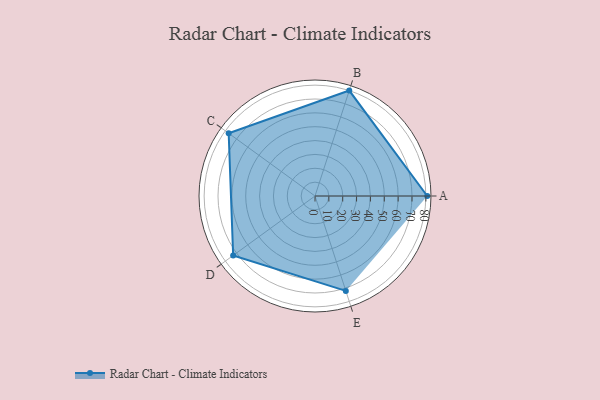
{"axis": {"x": "Skill", "y": "Score"}, "legend": ["Profile"], "data": [{"x": "A", "y": 81.0, "type": "Profile"}, {"x": "B", "y": 80.0, "type": "Profile"}, {"x": "C", "y": 77.0, "type": "Profile"}, {"x": "D", "y": 73.0, "type": "Profile"}, {"x": "E", "y": 72.0, "type": "Profile"}]}